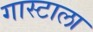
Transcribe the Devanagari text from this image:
गास्टाला